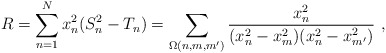
\begin{align*} R=\sum_{n=1}^N x_n^2(S_n^2-T_n)=\sum_{\Omega(n,m,m')} \frac{x_n^2}{(x_n^2-x_m^2)(x_n^2-x_{m'}^2)} \ ,\end{align*}